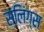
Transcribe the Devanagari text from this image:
स्लिंग्स